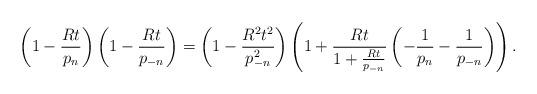
LaTeX: \begin{align*} \left(1 - \frac{Rt}{p_n} \right) \left(1 - \frac{Rt}{p_{-n}} \right)= \left(1 - \frac{R^2t^2}{p_{-n}^2} \right)\left(1 + \frac{Rt}{1+ \frac{Rt}{p_{-n}}} \left(-\frac{1}{p_n}- \frac{1}{p_{-n}}\right) \right).\end{align*}